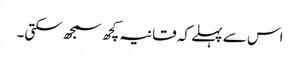
اس سے پہلے کہ قانیہ کچھ سمجھ سکتی۔